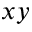
x y